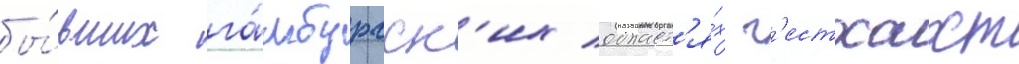
бы́вших га́мбургск'их област'я́х г'естхахт